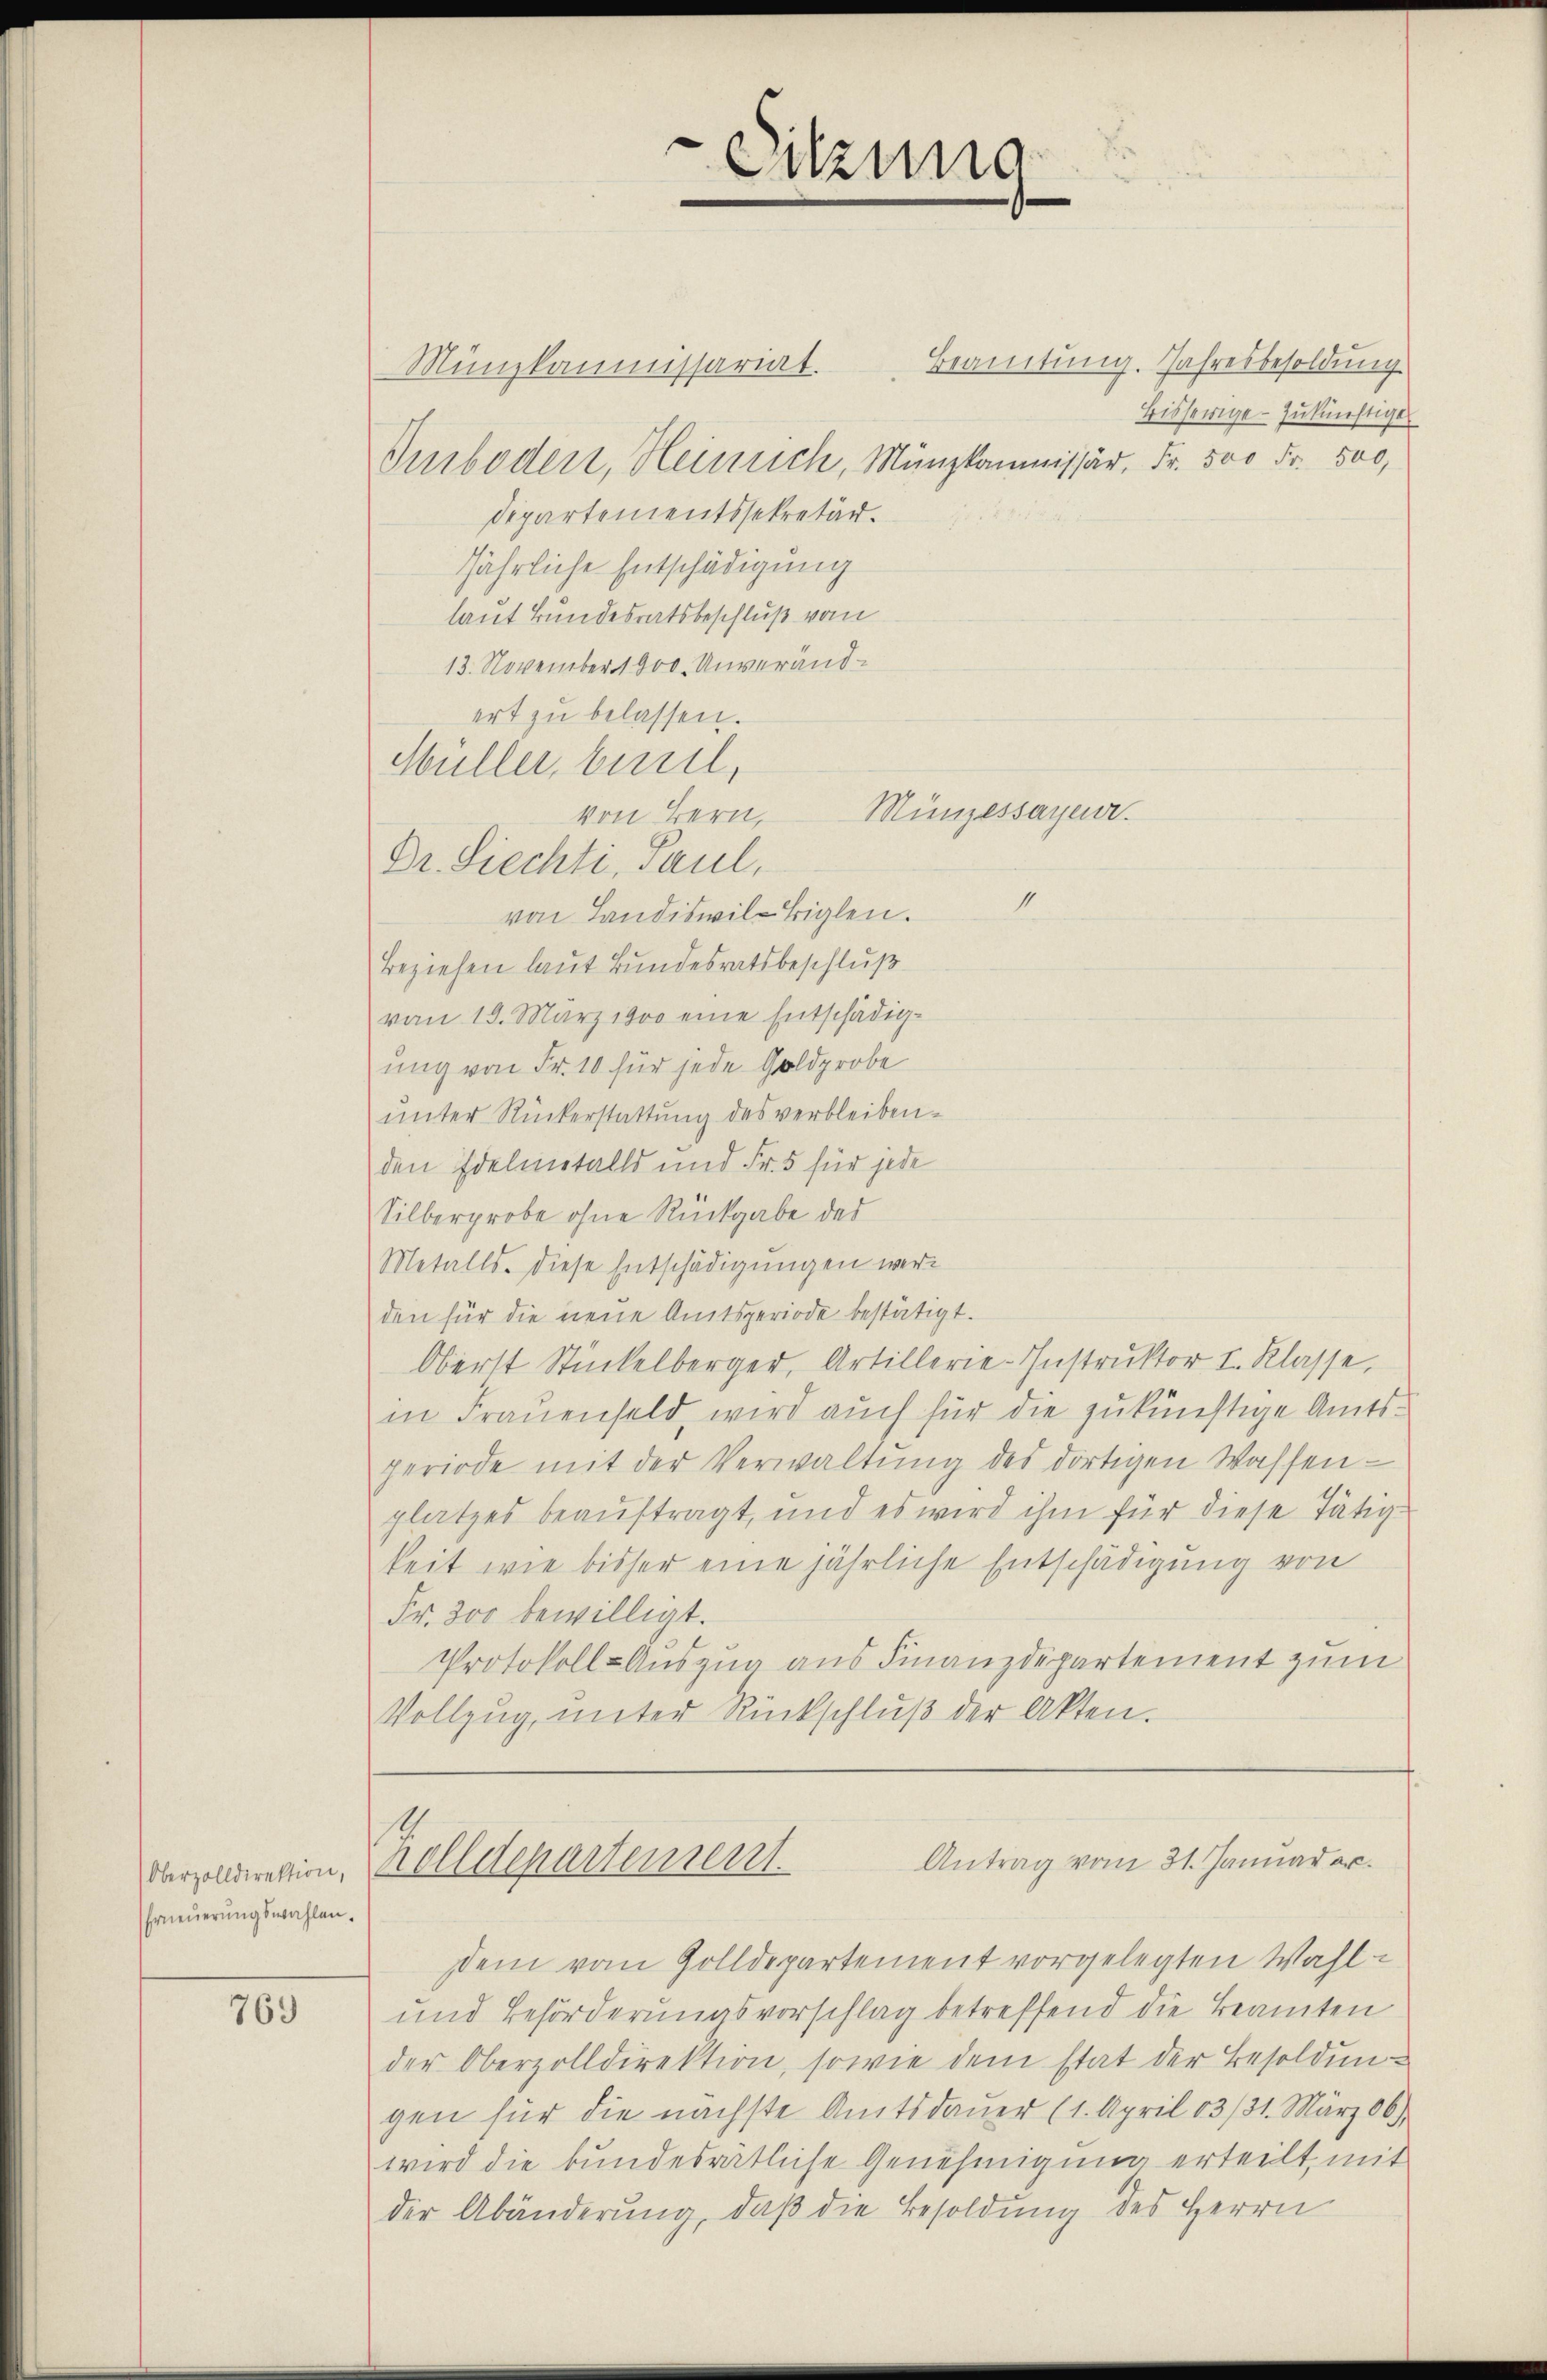
Oberzolldirektion,
EErneuerungswahlen.

769

Münzkommissariat.
Iusboden, Heinrich, Münzkommissär, Fr. 500 Fr. 500,
Departementssekretär.
jährliche Entschädigung
laut Bundesratsbeschluß vom
13. November 1900. Unverändvon Landiswil-Biglen.
Beziehen laut Bundesratsbeschluß
von 19. März 1900 eine Entschädigung von Fr. 10 für jede Goldprobe
unter Rückerstattung des verbleiben.
den Edelmtalls und Fr. 5 für jede
Silberprobe ohne Rückgabe des
Metalls. Diese Entschädigungen werden für die neue Amtsperiode bestätigt.
Oberst Stückelberger, Artillerie-Instrŭktor I. Klasse,
in Frauenfeld, wird auch für die zukünftige Amtsperiode mit der Verwaltŭng des dortigen Wassen-
platzes beauftragt, und es wird ihm für diese Tätigkeit wie bisher eine jährliche Entschädigung von
Fr. 300 bewilligt.
Protokoll-Auszug aus Finanzdepartement zum
Vollzŭg ŭnter Rückschlŭβ der Akten.

ert zŭ belassen.
Müller, bisel,
von Bern,
Dr. Siechti, Paul,

Sitzung
—

4

Münzessayer.

Beamtung. Jahresbesoldung
bisherige zukünftiger

2
Antrag vom 31. Januar c.
rolldepartement.

dem vom Golldepartement vorgelegten Wahl¬
und Beförderungsvorschlag betreffend die Beamten
der Oberzolldirektion, sowie dem stat der Besoldungen für die nächste Amtsdaŭer (1. April 83/31. März 06.)
wird die bundesrätliche Genehmigung erteilt, mit
der Abänderŭng, daβ die Besoldung des Herrn